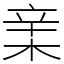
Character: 𣓀